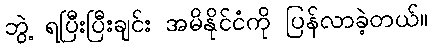
ဘွဲ့ ရပြီးပြီးချင်း အမိနိုင်ငံကို ပြန်လာခဲ့တယ်။